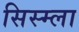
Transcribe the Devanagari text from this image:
सिस्म्ला